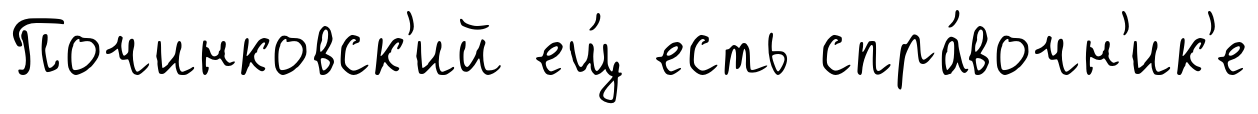
Починковск'ий ещ́ есть спра́вочн'ик'е